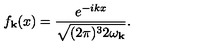
f _ { { \bf k } } ( x ) = \frac { e ^ { - i k x } } { \sqrt { ( 2 \pi ) ^ { 3 } 2 \omega _ { { \bf k } } } } .